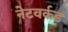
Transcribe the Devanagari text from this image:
नेटवर्कड